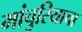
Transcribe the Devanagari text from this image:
मांचुरियाचा